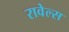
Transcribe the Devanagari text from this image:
रावेल्स